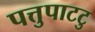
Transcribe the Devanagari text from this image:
पत्तुपाटटु